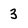
Character: 3